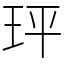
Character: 玶